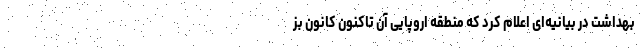
بهداشت در بیانیه‌ای اعلام کرد که منطقه اروپایی آن تاکنون کانون بز